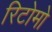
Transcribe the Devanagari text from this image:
रिटोमो